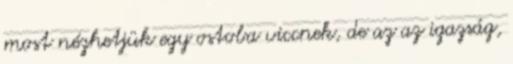
most nézhetjük egy ostoba viccnek, de az az igazság,